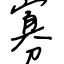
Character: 寡